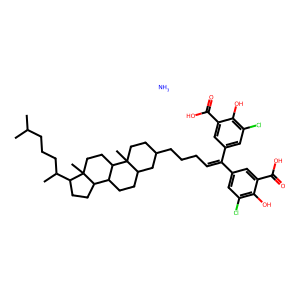
SMILES: CC(C)CCCC(C)C1CCC2C3CCC4CC(CCCC=C(c5cc(Cl)c(O)c(C(=O)O)c5)c5cc(Cl)c(O)c(C(=O)O)c5)CCC4(C)C3CCC12C.N
Inhibits HIV replication: Yes